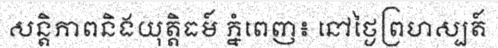
សន្តិភាពនិងយុត្តិធម៍ ភ្នំពេញ៖ នៅថ្ងៃព្រហស្បត៍